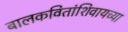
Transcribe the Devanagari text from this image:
बालकवितांशिवायच्या